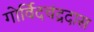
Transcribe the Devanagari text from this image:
गोर्विदचंद्रदास